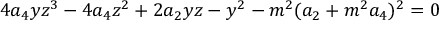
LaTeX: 4 a _ { 4 } y z ^ { 3 } - 4 a _ { 4 } z ^ { 2 } + 2 a _ { 2 } y z - y ^ { 2 } - m ^ { 2 } ( a _ { 2 } + m ^ { 2 } a _ { 4 } ) ^ { 2 } = 0